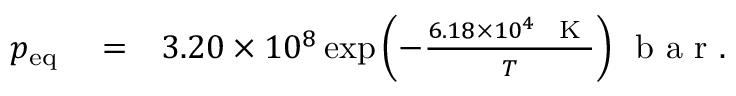
\begin{array} { r l r } { p _ { \mathrm { e q } } } & { { } = } & { 3 . 2 0 \times 1 0 ^ { 8 } \exp { \left( - \frac { 6 . 1 8 \times 1 0 ^ { 4 } ~ \mathrm { ~ K ~ } } { T } \right) } ~ \mathrm { ~ b ~ a ~ r ~ } . } \end{array}